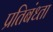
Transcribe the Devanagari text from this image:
प्रतिबंध्ता